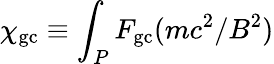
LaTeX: \chi_{\mathrm{gc}}\equiv\int_{P}F_{\mathrm{gc}}(mc^{2}/B^{2})